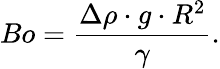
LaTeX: Bo=\frac{\Delta\rho\cdot g\cdot R^{2}}{\gamma}.